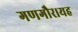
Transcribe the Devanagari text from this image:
गणगौर।यह